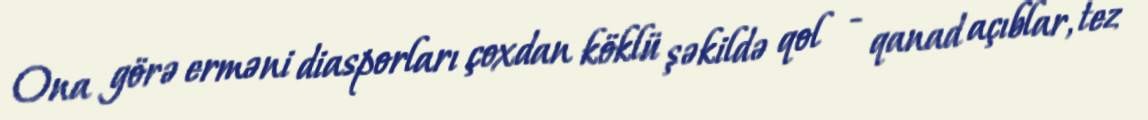
Ona görə erməni diasporları çoxdan köklü şəkildə qol - qanad açıblar, tez